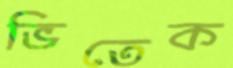
ভিতেক